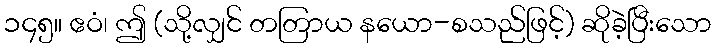
၁၄၅။ ဧဝံ၊ ဤ (သို့လျှင် တတြာယ နယော-စသည်ဖြင့်) ဆိုခဲ့ပြီးသော